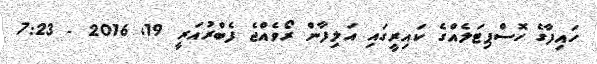
ހައިފާގެ ހޮސްޕިޓަލެއްގެ ކައިރީގައި އަލިފާން ރޯވެއްޖެ ފެބްރުއަރީ 19